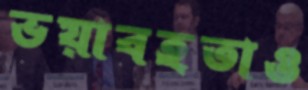
ভয়াবহতাও